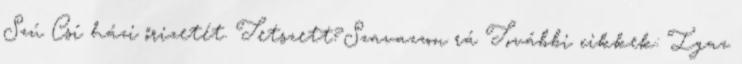
Szú Csí házi őrizetét. Tetszett?Szavazzon rá További cikkek: Igaz